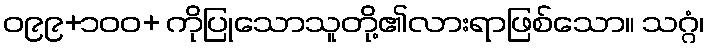
ဝ၉၉+၁၀၀+ ကိုပြုသောသူတို့၏လားရာဖြစ်သော။ သဂ္ဂံ၊